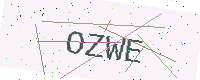
Text: OZWE